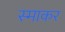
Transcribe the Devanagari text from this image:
स्‍माकर